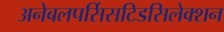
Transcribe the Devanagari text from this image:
अनेबलपर्सिसटिडसिलेक्शन